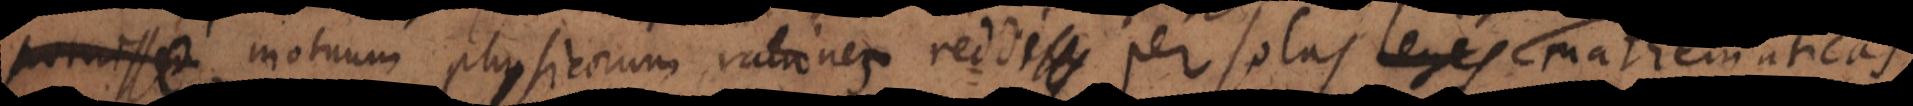
motuum physicorum rationes reddi per solas leges mathematicas